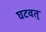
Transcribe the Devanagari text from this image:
घटवत्